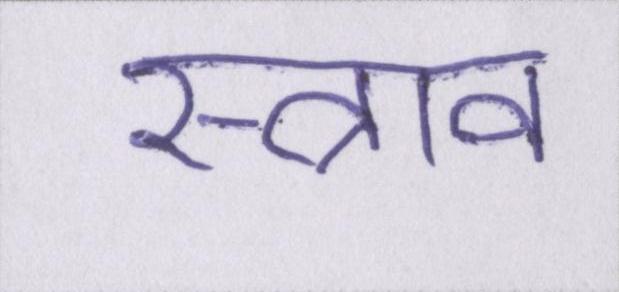
स्त्राव